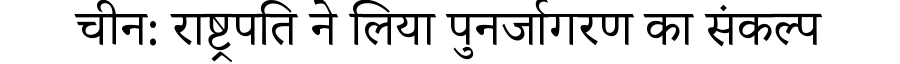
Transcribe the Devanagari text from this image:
चीन: राष्ट्रपति ने लिया पुनर्जागरण का संकल्प